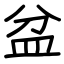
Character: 盆